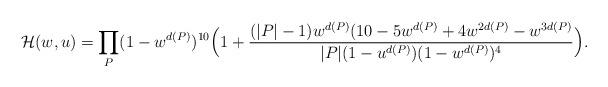
LaTeX: \begin{align*} \mathcal{H}(w,u) = \prod_P (1-w^{d(P)})^{10} \Big( 1+ \frac{(|P|-1)w^{d(P)} (10-5w^{d(P)}+4w^{2d(P)}-w^{3d(P)}}{|P|(1-u^{d(P)})(1-w^{d(P)})^4} \Big). \end{align*}